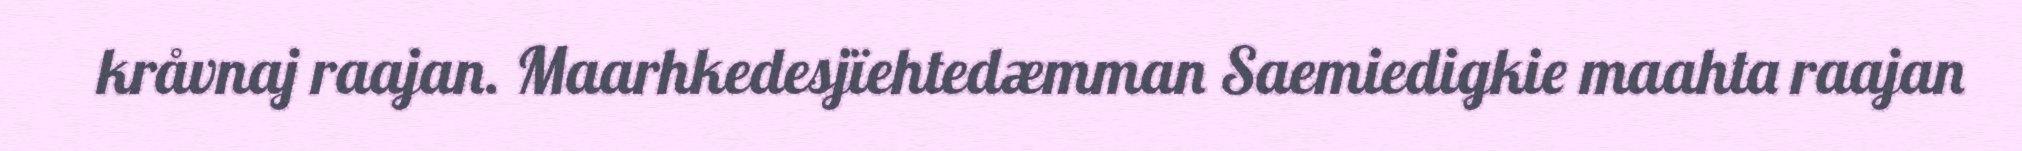
kråvnaj raajan. Maarhkedesjïehtedæmman Saemiedigkie maahta raajan